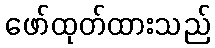
ဖော်ထုတ်ထားသည်